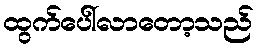
ထွက်ပေါ်လာတော့သည်